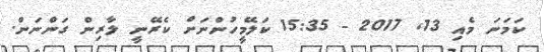
ކަމަނަ މެއި 13